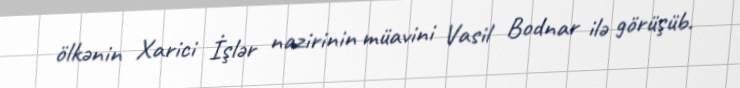
ölkənin Xarici İşlər nazirinin müavini Vasil Bodnar ilə görüşüb.